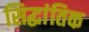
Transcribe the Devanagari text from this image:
सिद्धांतिक